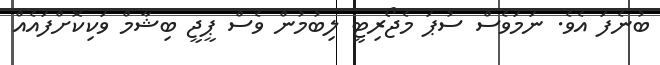
ބުނެފަ އެވެ. ނަމަވެސް ސުޕަ މެޖޯރިޓީ ލިބުމުން ވެސް ޕީޖީ ބިޝާމް ވަކިކޮށްފައެއް